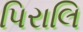
પિરાલિ